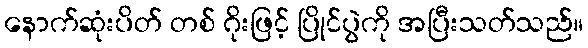
နောက်ဆုံးပိတ် တစ် ဂိုးဖြင့် ပြိုင်ပွဲကို အပြီးသတ်သည်။